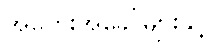
အတွေးအခေါ်များနှင့်